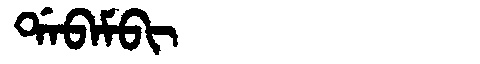
Manchu: ᡩᠠᠪᠠᠮᠪᡳ
Romanization: DABAMBI